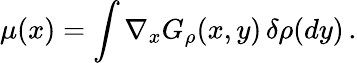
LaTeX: \mu(x)=\int\nabla_{x}G_{\rho}(x,y)\, \delta\rho(dy)\, .